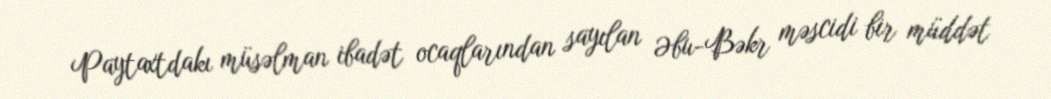
Paytaxtdakı müsəlman ibadət ocaqlarından sayılan Əbu-Bəkr məscidi bir müddət